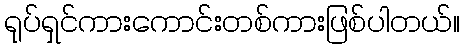
ရုပ်ရှင်ကားကောင်းတစ်ကားဖြစ်ပါတယ်။